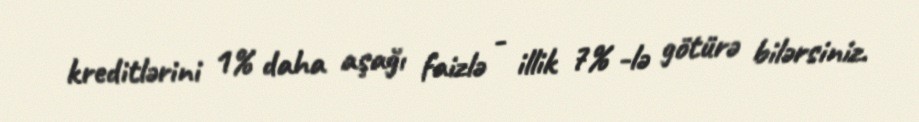
kreditlərini 1% daha aşağı faizlə - illik 7% -lə götürə bilərsiniz.